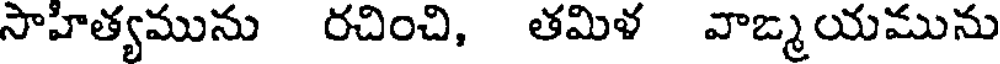
సాహిత్యమును రచించి, తమిళ వాఙ్మయమును